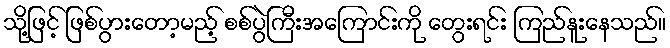
သို့ဖြင့် ဖြစ်ပွားတော့မည့် စစ်ပွဲကြီးအကြောင်းကို တွေးရင်း ကြည်နူးနေသည်။